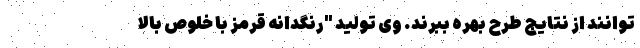
توانند از نتایج طرح بهره ببرند. وی تولید "رنگدانه قرمز با خلوص بالا